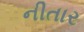
નીતાર